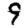
Digit: 9